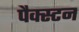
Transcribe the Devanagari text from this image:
पैक्स्टन